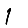
Digit: 1